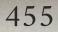
455